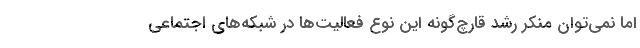
اما نمی‌توان منکر رشد قارچ‌گونه این نوع فعالیت‌ها در شبکه‌های اجتماعی